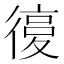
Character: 𢕒